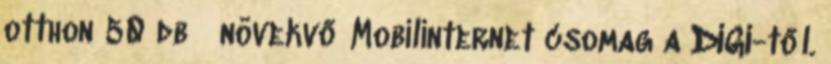
otthon 50 db növekvő Mobilinternet csomag a DIGI-től.